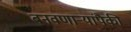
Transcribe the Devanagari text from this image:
बनवणार्‍यांपैकी